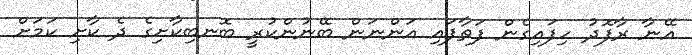
އޭނާ ރާފޮދު ހިފައިގެން ފަތާފައި އަންނަން ބޭނުންކުރީ ބޮނބިކާށިގެ ދެ ކާށި ކަމަށް